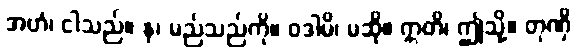
အဟံ၊ ငါသည်။ န၊ မည်သည်ကို။ ဝဒါမိ၊ မဆို။ ဣတိ၊ ဤသို့။ တုဏှိ